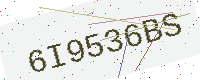
Text: 6I9536BS